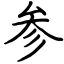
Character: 参